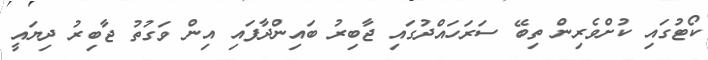
ކޯޓުގައި ކުށްވެރިން ތިބޭ ސަރަހައްދުގައި ޖާބިރު ބައިންދާފައި އިން ވަގުތު ޖާބިރު ދިޔައީ